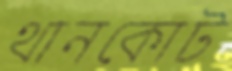
থানকোট